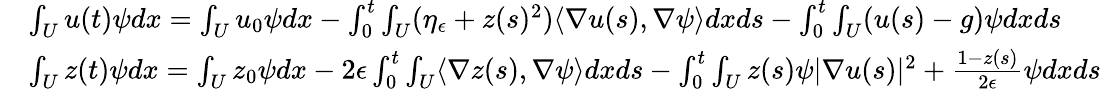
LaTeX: \begin{array}{rl}&{\int_{U}u(t)\psi dx=\int_{U}u_{0}\psi dx-\int_{0}^{t}\int_{U}(\eta_{\epsilon}+z(s)^{2})\langle\nabla u(s),\nabla\psi\rangle dxds-\int_{0}^{t}\int_{U}(u(s)-g)\psi dxds}\\ &{\int_{U}z(t)\psi dx=\int_{U}z_{0}\psi dx-2\epsilon\int_{0}^{t}\int_{U}\langle\nabla z(s),\nabla\psi\rangle dxds-\int_{0}^{t}\int_{U}z(s)\psi|\nabla u(s)|^{2}+\frac{1-z(s)}{2\epsilon}\psi dxds}\end{array}